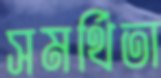
সমর্থিতা